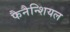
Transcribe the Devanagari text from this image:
फैनैन्शियल